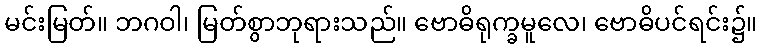
မင်းမြတ်။ ဘဂဝါ၊ မြတ်စွာဘုရားသည်။ ဗောဓိရုက္ခမူလေ၊ ဗောဓိပင်ရင်း၌။